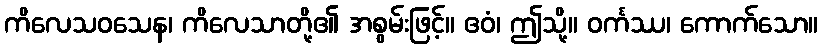
ကိလေသဝသေန၊ ကိလေသာတို့၏ အစွမ်းဖြင့်။ ဧဝံ၊ ဤသို့။ ဝင်္ကဿ၊ ကောက်သော။